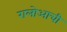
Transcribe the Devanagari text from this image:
रालोआची